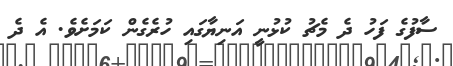
ސާފުގެ ފަހު ދެ މެޗު ކުޅުނީ އަނިޔާގައި ހުރެގެން ކަމަށެވެ. އެ ދެ